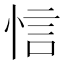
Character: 𢚘